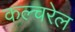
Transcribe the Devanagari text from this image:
कल्चरेल